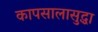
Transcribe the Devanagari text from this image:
कापसालासुद्धा